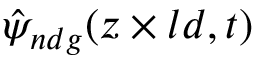
\hat { \psi } _ { n d g } ( z \times l d , t )